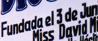
Fundada el 3 de Jun